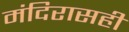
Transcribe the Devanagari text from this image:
मंदिरासही